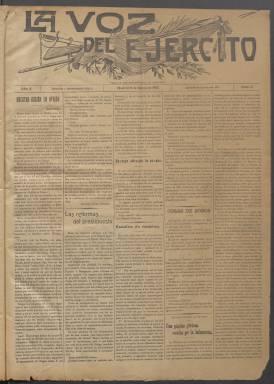
Título: La Voz del ejército
Colección: Fuerzas armadas
Ámbito geográfico: Madrid
Lugar de publicación: Madrid
Fechas: 02/01/1913-31/12/1913